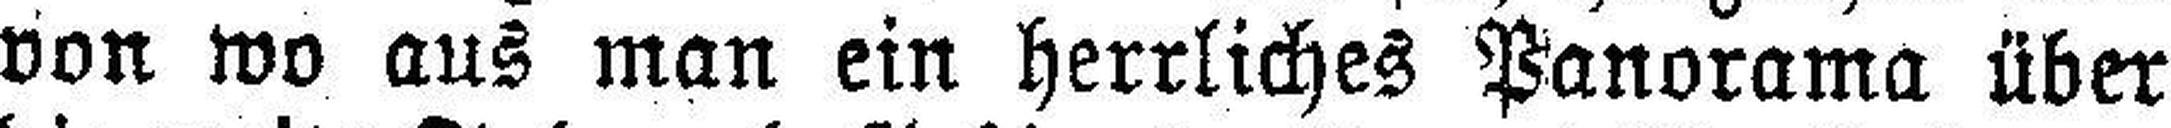
von wo aus man ein herrliches Panorama über